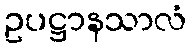
ဥပဋ္ဌာနသာလံ